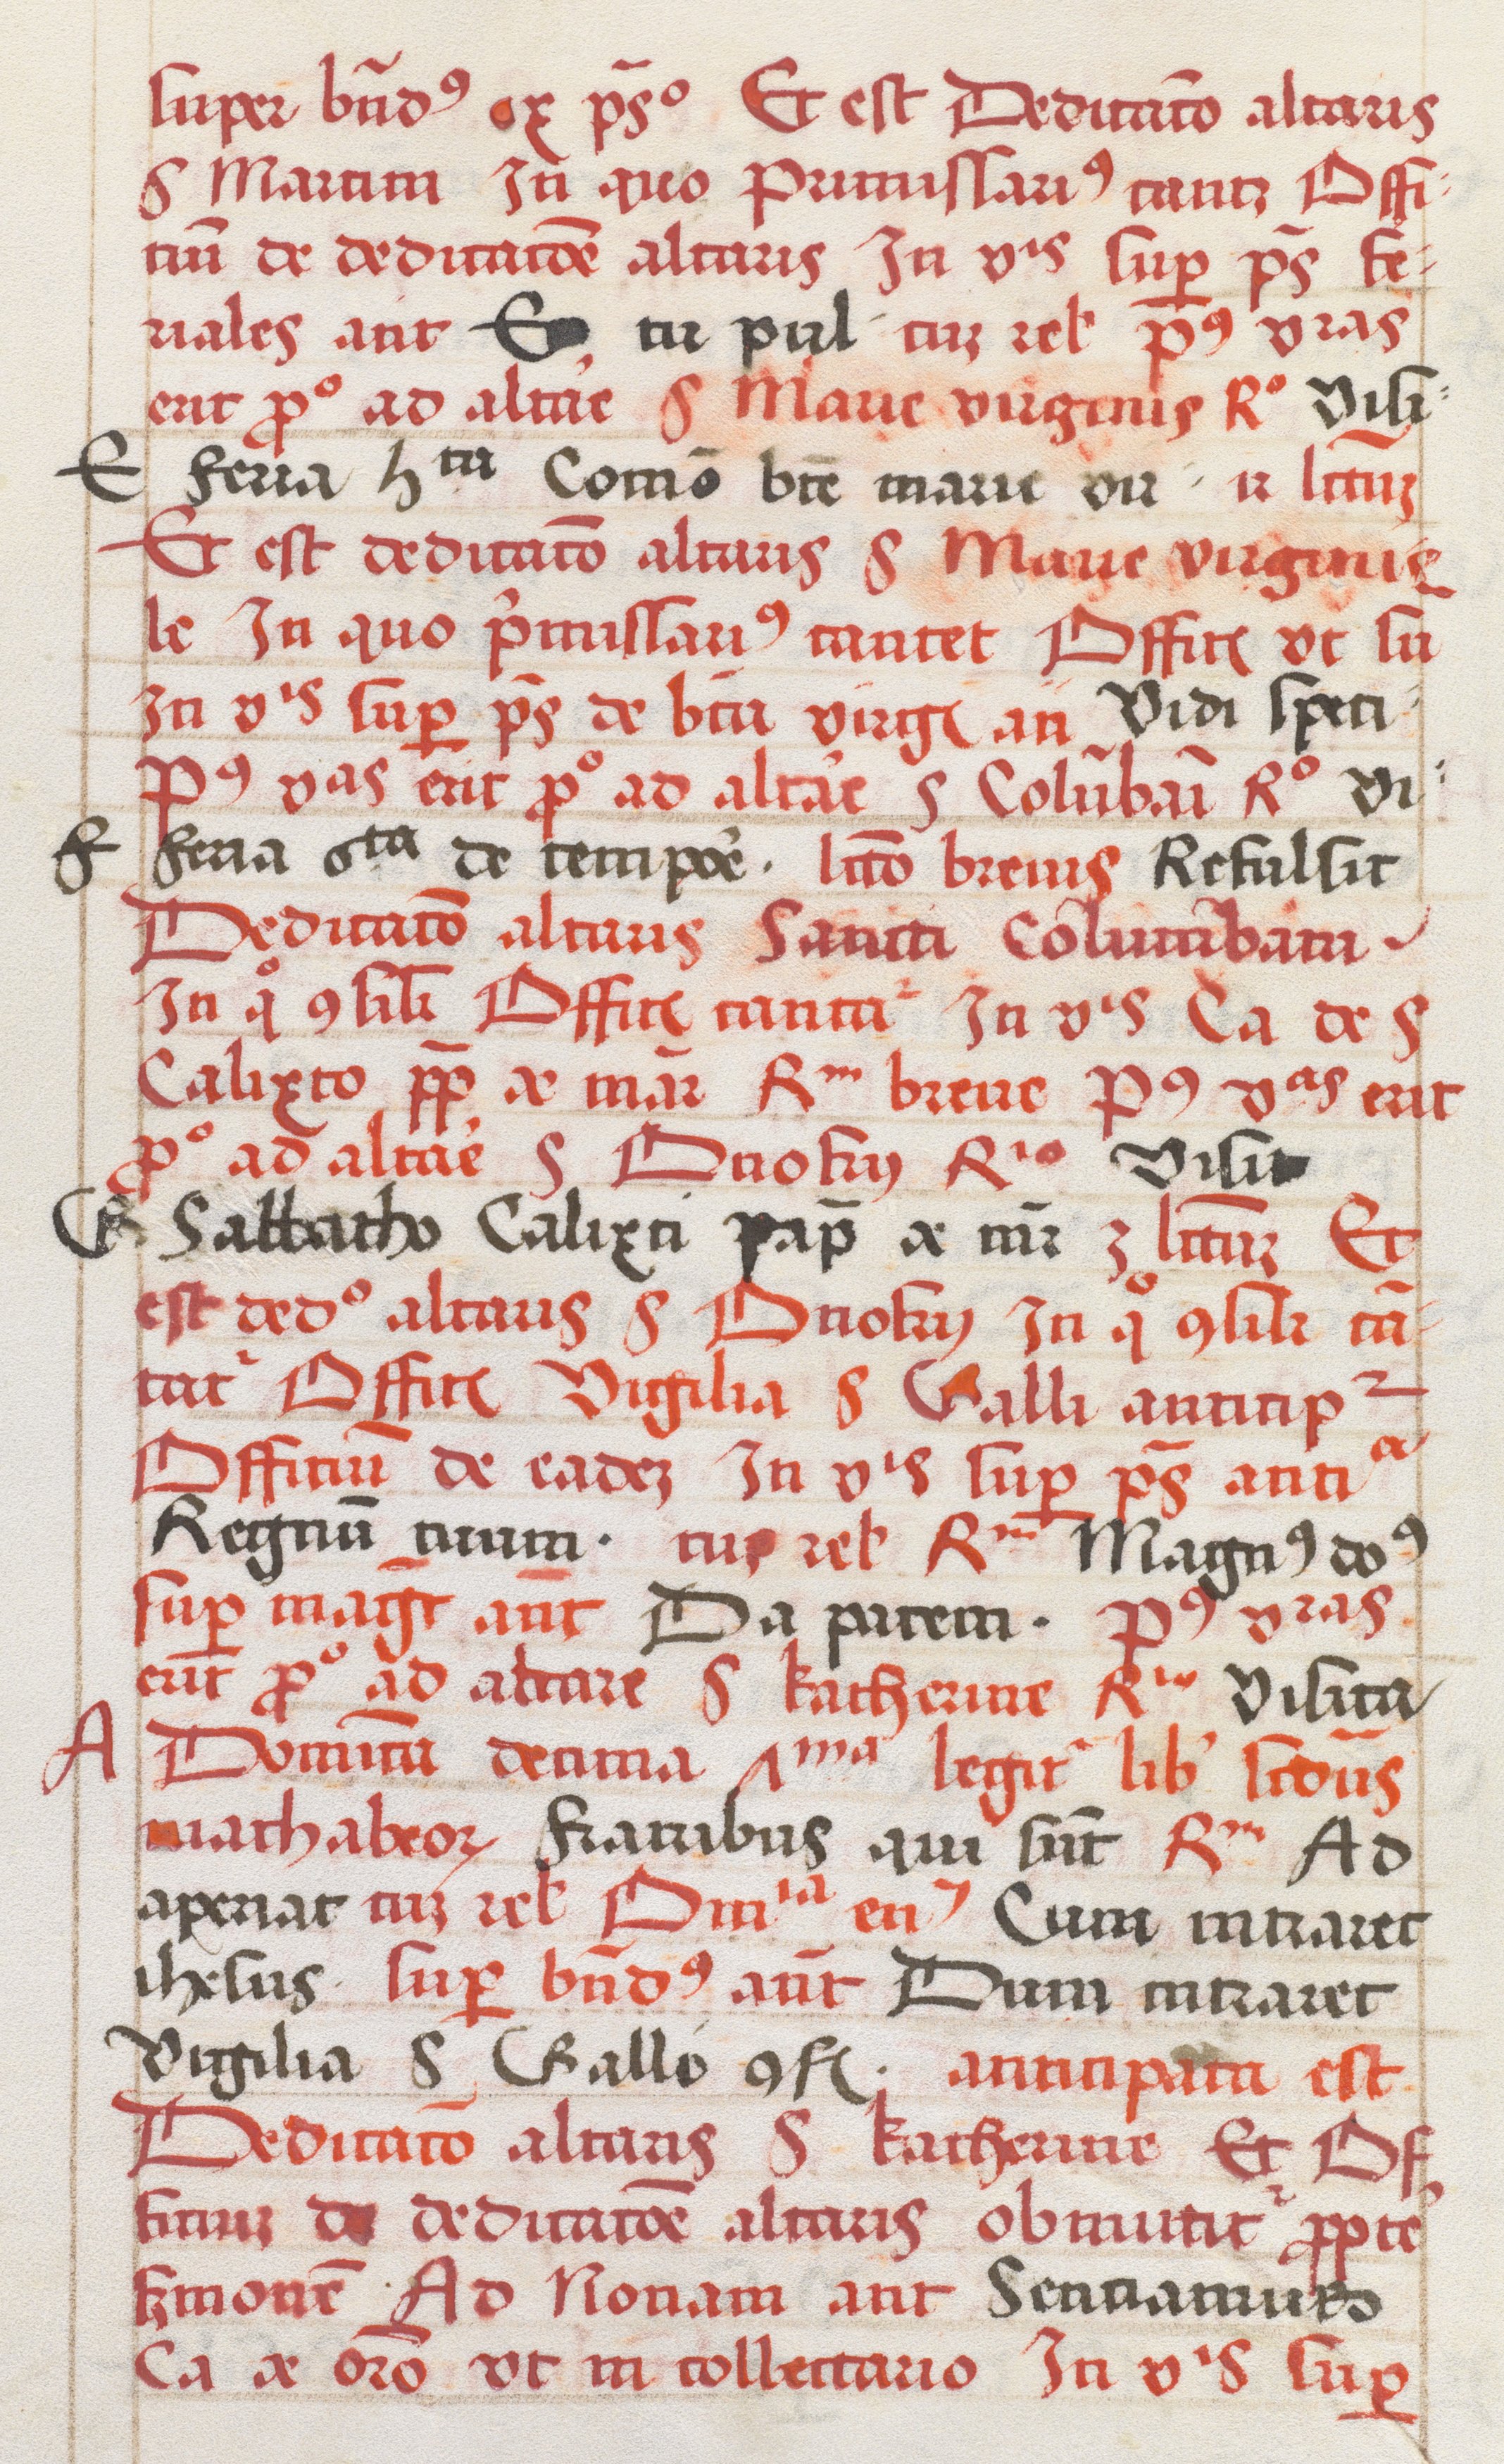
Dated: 1520–1520